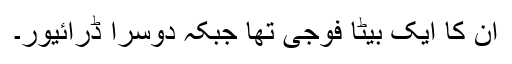
ان کا ایک بیٹا فوجی تھا جبکہ دوسرا ڈرائیور۔